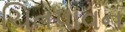
ચિતપાવન